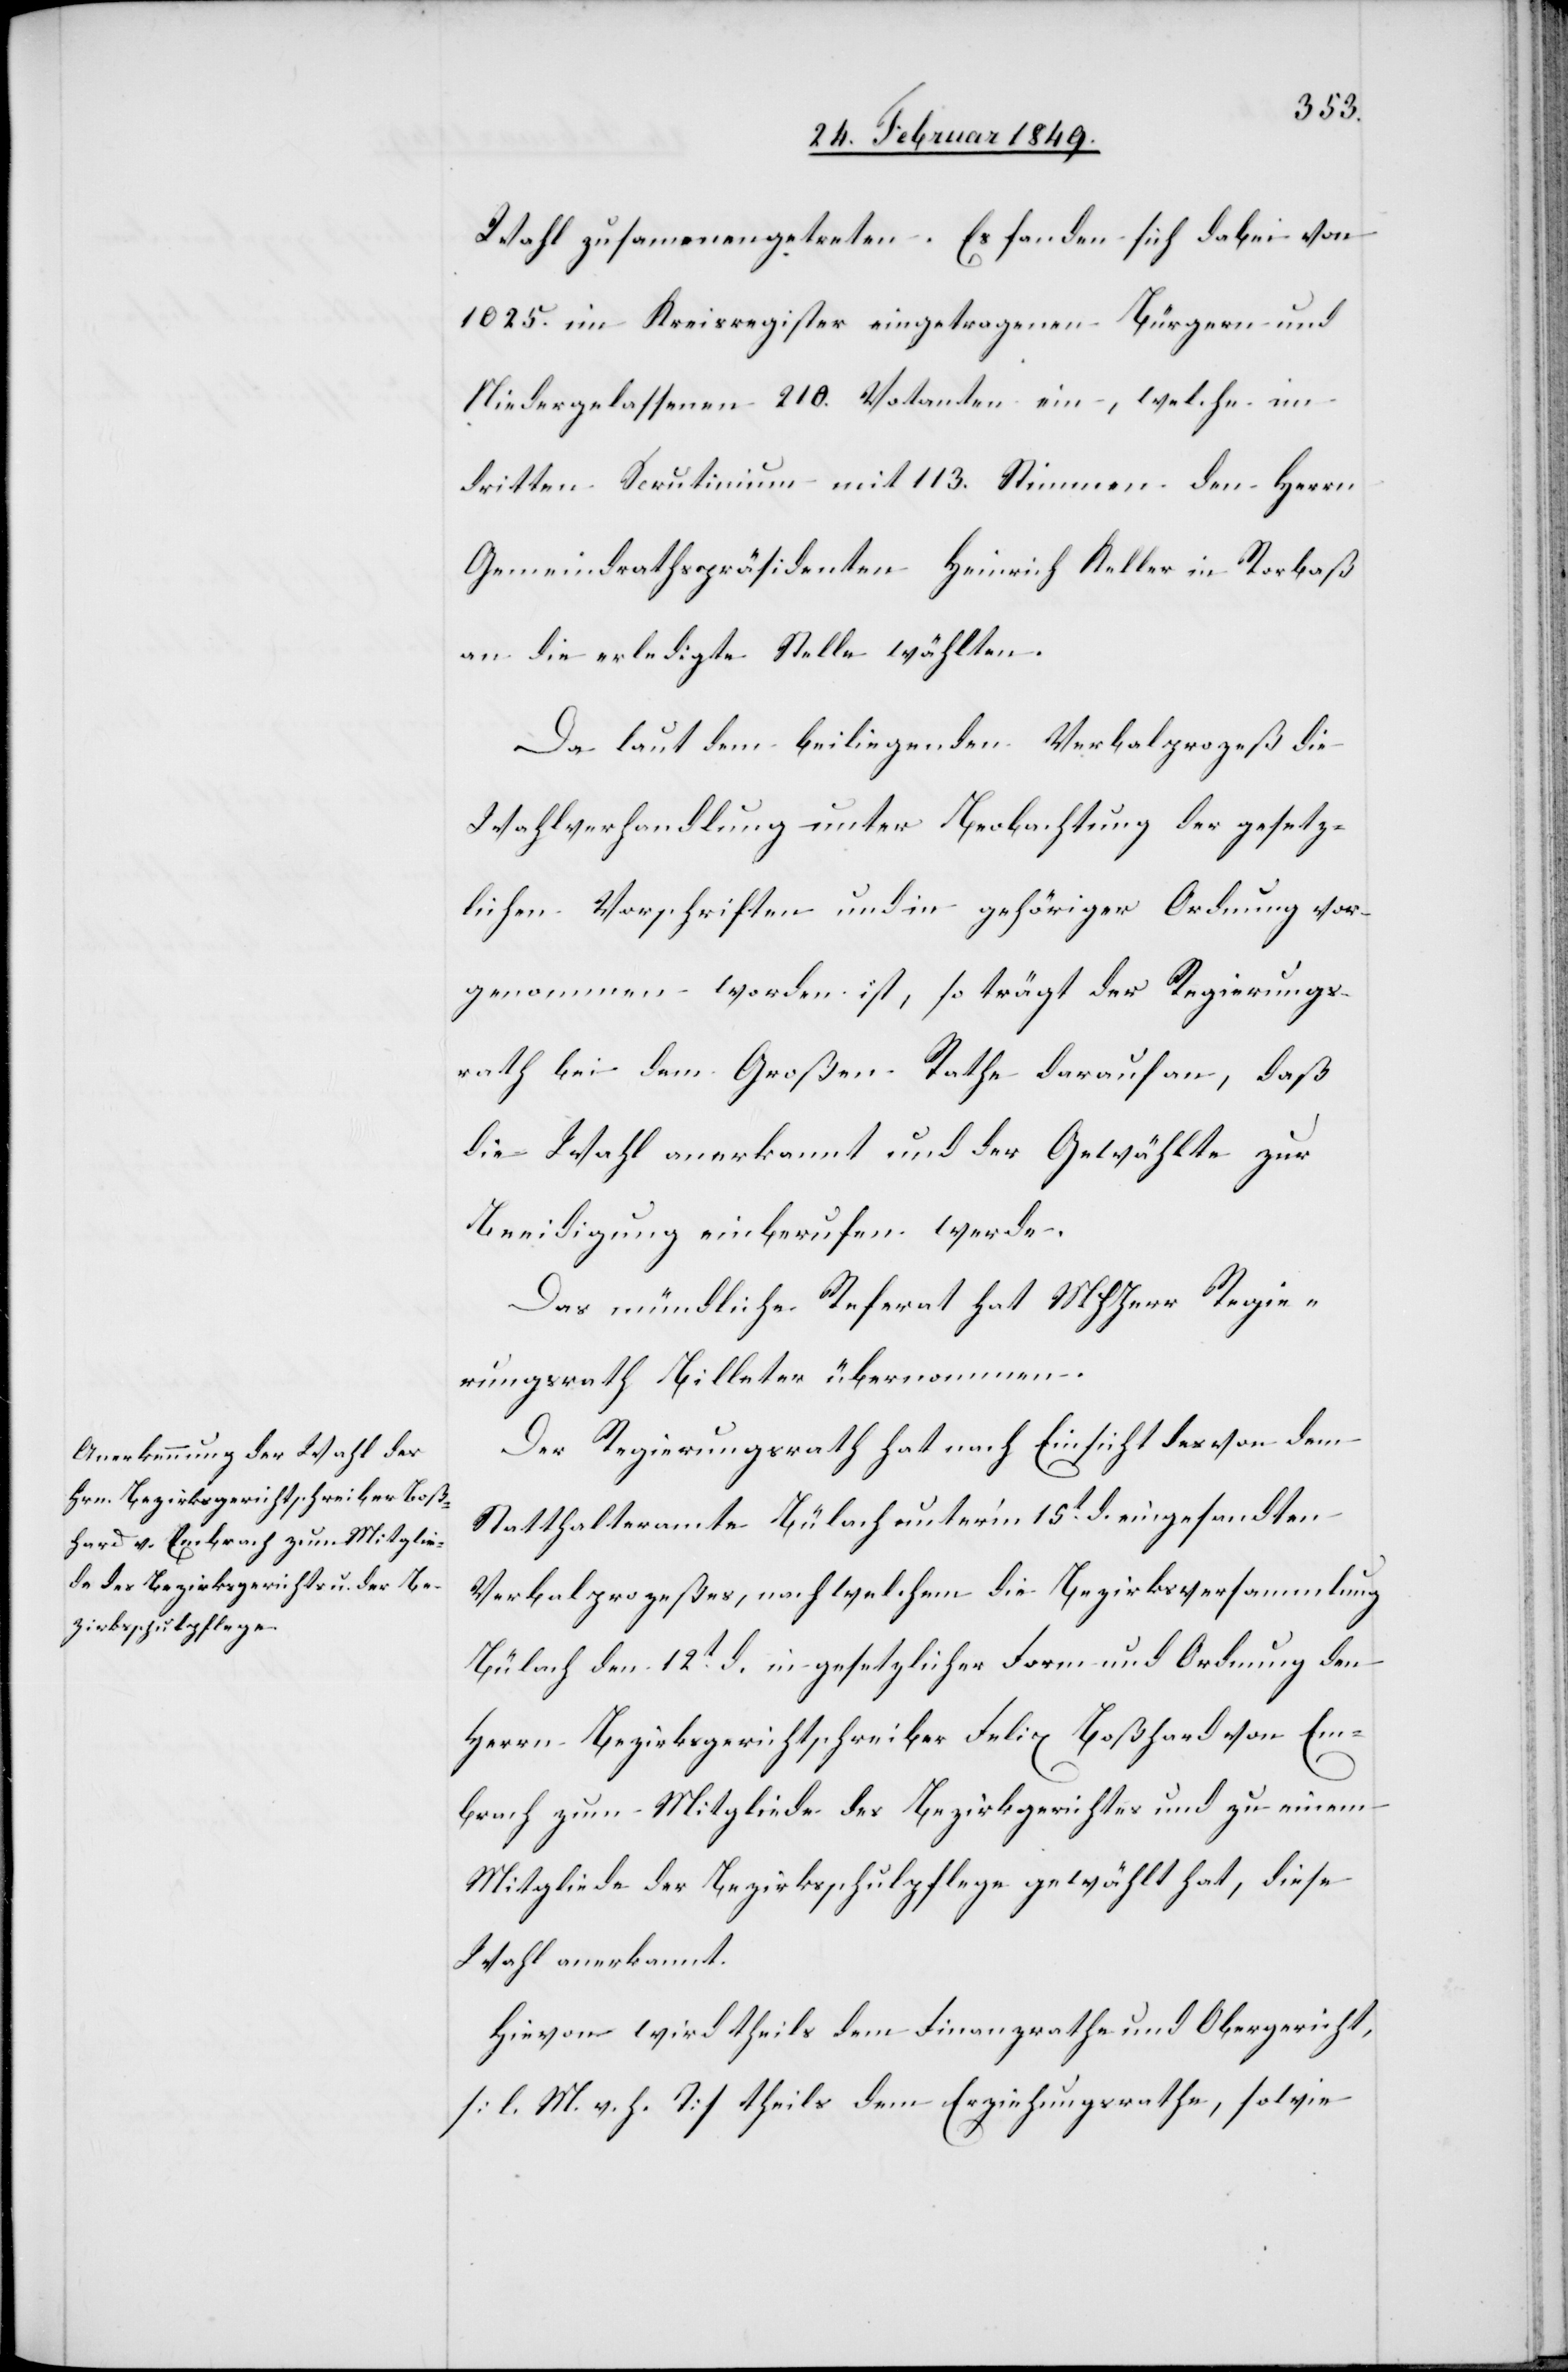
Wahl zusammengetreten. Es fanden sich dabei von
1025. im Kreisregister eingetragenen Bürgern und
Niedergelassenen 210. Votanten ein, welche im
dritten Scrutinium mit 113. Stimmen den Herrn
Gemeindrathspräsidenten Heinrich Keller in Rorbaß
an die erledigte Stellt wählten.
Da laut dem beiliegenden Verbalprozeß die
Wahlverhandlung unter Beobachtung der gesetz¬
lichen Vorschriften und in gehöriger Ordnung vor¬
genommen worden ist, so trägt der Regierungs¬
rath bei dem Großen Rathe darauf an, daß
die Wahl anerkannt und der Gewählte zur
Beeidigung einberufen werde.
Das mündliche Referat hat MHHerr Regie¬
rungsrath Billeter übernommen.
Der Regierungsrath hat nach Einsicht des von dem
Statthalteramte Bülach unter’m 15t. d. eingesandten
Verbalprozeßes, nach welchem die Bezirksversammlung
Bülach den 12t. d. in gesetzlicher Form und Ordnung den
Herrn Bezirksgerichtschreiber Felix Boßhard von Em¬
brach zum Mitgliede des Bezirksgerichtes und zu einem
Mitgliede der Bezirksschulpflege gewählt hat, diese
Wahl anerkannt.
Hievon wird theils dem Finanzrathe und Obergericht,
[l. M. v. h. T] theils dem Erziehungsrathe, sowie